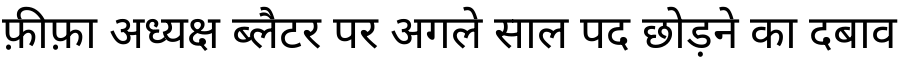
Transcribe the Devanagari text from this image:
फ़ीफ़ा अध्यक्ष ब्लैटर पर अगले साल पद छोड़ने का दबाव